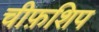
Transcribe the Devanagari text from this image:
चीफ़शिप